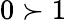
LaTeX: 0\succ 1